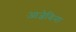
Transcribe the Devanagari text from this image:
आज्ञेविना